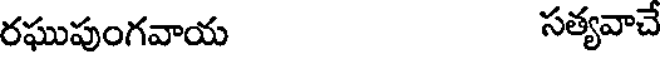
రఘుపుంగవాయ సత్యవాచే